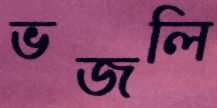
ভজলি